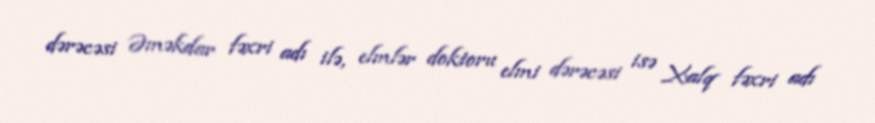
dərəcəsi Əməkdar fəxri adı ilə, elmlər doktoru elmi dərəcəsi isə Xalq fəxri adı